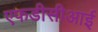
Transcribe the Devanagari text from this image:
एफडीसीआई